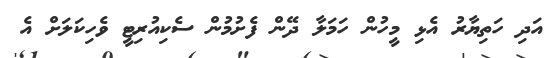
އަދި ހަތިޔާރު އެޅި މީހުން ހަމަލާ ދޭން ފެށުމުން ސެކިއުރިޓީ ވެހިކަލަށް އެ